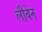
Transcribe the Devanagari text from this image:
लीवेन